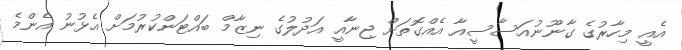
އެއީ މިހާރުގެ ގާނޫނުއަސާސީއާ އެއްގޮތަށް ޖިނާއީ އަދުލުގެ ނިޒާމް ބައްޓަންކުރުމަށް އެޅުނު އެންމެ